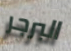
البرجر